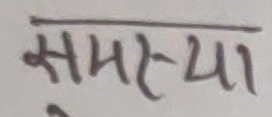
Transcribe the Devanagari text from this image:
समस्या